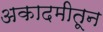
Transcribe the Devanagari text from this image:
अकादमीतून